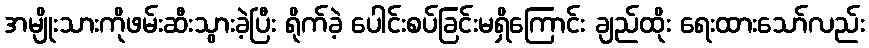
အမျိုးသားကိုဖမ်းဆီးသွားခဲ့ပြီး ရိုက်ခဲ့ ပေါင်းစပ်ခြင်းမရှိကြောင်း ချည်ထိုး ရေးထားသော်လည်း